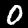
Digit: 0